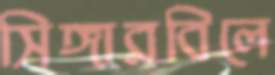
সিঙ্গারবিলে